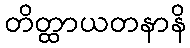
တိတ္ထာယတနာနိ